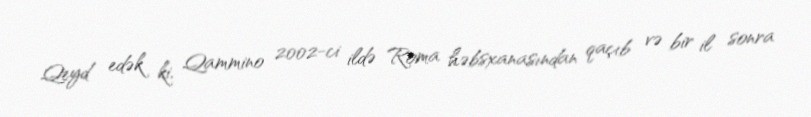
Qeyd edək ki, Qammino 2002-ci ildə Roma həbsxanasından qaçıb və bir il sonra